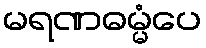
မရဏဓမ္မံပေ